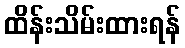
ထိန်းသိမ်းထားရန်